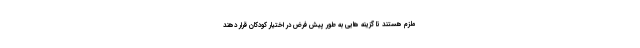
ملزم هستند تا گزینه هایی به طور پیش فرض در اختیار کودکان قرار دهند